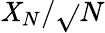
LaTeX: \mathit{X}_{N}/\sqrt{}{{N}}